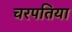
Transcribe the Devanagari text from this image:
चरपतिया